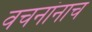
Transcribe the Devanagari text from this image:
वचनांनाच